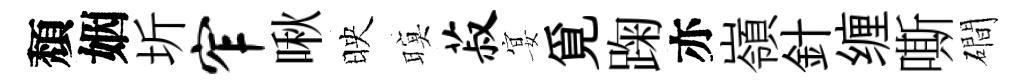
頽姻圻窄啾映暝菽宴覓踘亦嶺針缠嘶磵